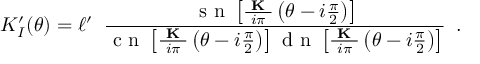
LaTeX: K _ { I } ^ { \prime } ( \theta ) = \ell ^ { \prime } \; \; \frac { \textrm { s n } \left[ \frac { \textbf { K } } { i \pi } \left( \theta - i \frac { \pi } { 2 } \right) \right] } { \textrm { c n } \left[ \frac { \textbf { K } } { i \pi } \left( \theta - i \frac { \pi } { 2 } \right) \right] \textrm { d n } \left[ \frac { \textbf { K } } { i \pi } \left( \theta - i \frac { \pi } { 2 } \right) \right] } \, \, \, .